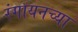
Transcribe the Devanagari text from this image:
रंगायनच्या